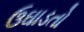
ઉઘાડતો